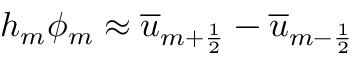
h _ { m } \phi _ { m } \approx \overline { { u } } _ { m + \frac { 1 } { 2 } } - \overline { { u } } _ { m - \frac { 1 } { 2 } }